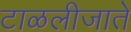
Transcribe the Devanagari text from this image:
टाळलीजाते